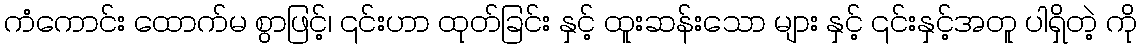
ကံကောင်း ထောက်မ စွာဖြင့်၊ ၎င်းဟာ ထုတ်ခြင်း နှင့် ထူးဆန်းသော များ နှင့် ၎င်းနှင့်အတူ ပါရှိတဲ့ ကို